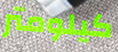
كيلومتر